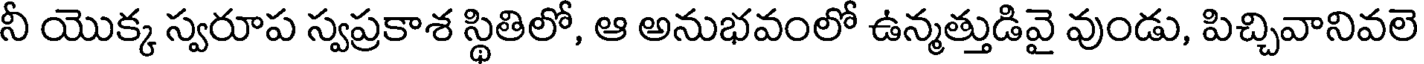
నీ యొక్క స్వరూప స్వప్రకాశ స్థితిలో, ఆ అనుభవంలో ఉన్మత్తుడివై వుండు, పిచ్చివానివలె